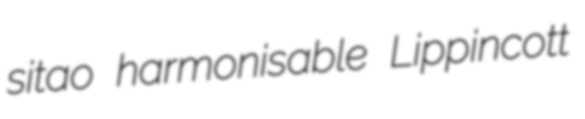
sitao harmonisable Lippincott